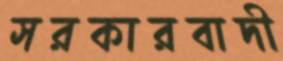
সরকারবাদী